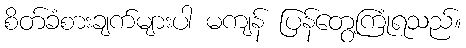
စိတ်ခံစားချက်များပါ မကျန် ပြန်တွေ့ကြုံရသည်။